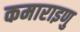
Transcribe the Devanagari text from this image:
कमाराइणु